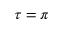
\tau = \pi